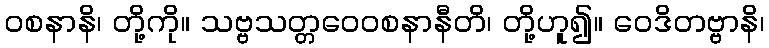
ဝစနာနိ၊ တို့ကို။ သဗ္ဗသတ္တဝေဝစနာနီတိ၊ တို့ဟူ၍။ ဝေဒိတဗ္ဗာနိ၊